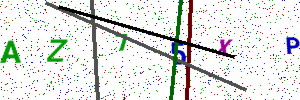
Text: AZ75XP